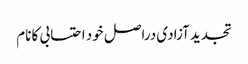
تجدید آزادی دراصل خود احتسابی کا نام